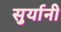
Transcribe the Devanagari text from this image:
सुर्यानी